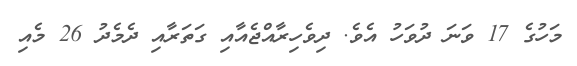
މަހުގެ 17 ވަނަ ދުވަހު އެވެ. ދިވެހިރާއްޖެއާއި ގަތަރާއި ދެމެދު 26 މެއި